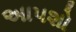
અાપશો